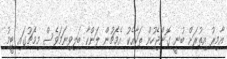
އާމިރު އިތުރަށް ބުނީ ގޮންޖެހުން ތަކާއެކު އެމެޗުން ލަންކާ ބަލިވިނަމަވެސް މިމެޗުގައި ޓީމު